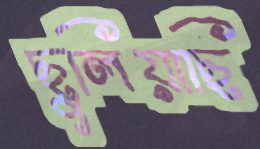
ছুলিয়াছি